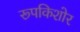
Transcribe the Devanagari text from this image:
रूपकिशोर